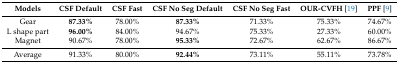
| Models | CSF Default | CSF Fast | CSF No Seg Default | CSF No Seg Fast | OUR-CVFH [19] | PPF [9] |
 | --- | --- | --- | --- | --- | --- | --- |
 | Gear | 87.33% | 78.00% | 87.33% | 71.33% | 75.33% | 74.67% |
 | L shape part | 96.00% | 84.00% | 94.67% | 75.33% | 27.33% | 60.00% |
 | Magnet | 90.67% | 78.00% | 95.33% | 72.67% | 62.67% | 86.67% |
 | Average | 91.33% | 80.00% | 92.44% | 73.11% | 55.11% | 73.78% |